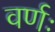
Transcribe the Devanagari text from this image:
वर्णः